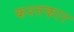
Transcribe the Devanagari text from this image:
कश्तकार